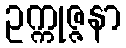
ဥက္ကုဇ္ဇနာ